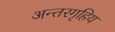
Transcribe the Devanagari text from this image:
अन्तरगृहिय